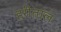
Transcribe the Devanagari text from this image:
हरीताल